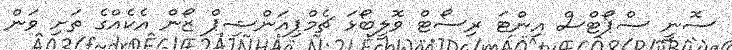
ސޮނީ ސްޕޯޓްސް އިންޓަ ރިސޯޓް ވޮލީބޯޅަ ޗެމްޕިއަންޝިޕް ޒޯން އެކެއްގެ ތަށި ވަން